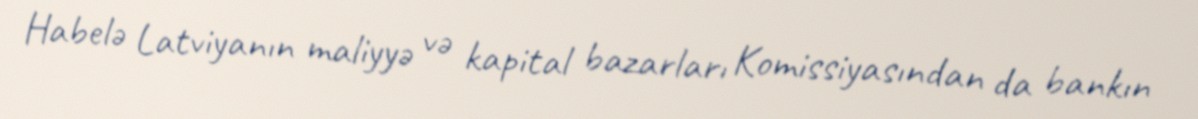
Habelə Latviyanın maliyyə və kapital bazarları Komissiyasından da bankın